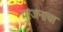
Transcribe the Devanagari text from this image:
मुरंजनाचा